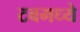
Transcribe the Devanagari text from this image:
टबमध्ये